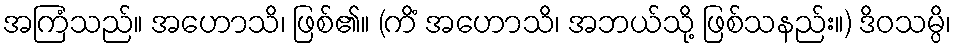
အကြံသည်။ အဟောသိ၊ ဖြစ်၏။ (ကိံ အဟောသိ၊ အဘယ်သို့ ဖြစ်သနည်း။) ဒိဝသမ္ပိ၊